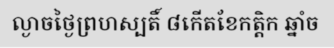
ល្ងាចថ្ងៃព្រហស្បតិ៍ ៨កើតខែកត្តិក ឆ្នាំច